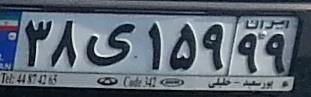
۳۸ی۱۵۹۹۹